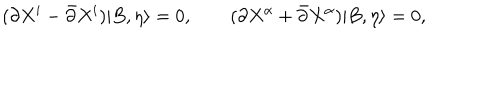
( \partial X ^ { i } - \bar { \partial } X ^ { i } ) | B , \eta \rangle = 0 , \qquad ( \partial X ^ { \alpha } + \bar { \partial } X ^ { \alpha } ) | B , \eta \rangle = 0 ,